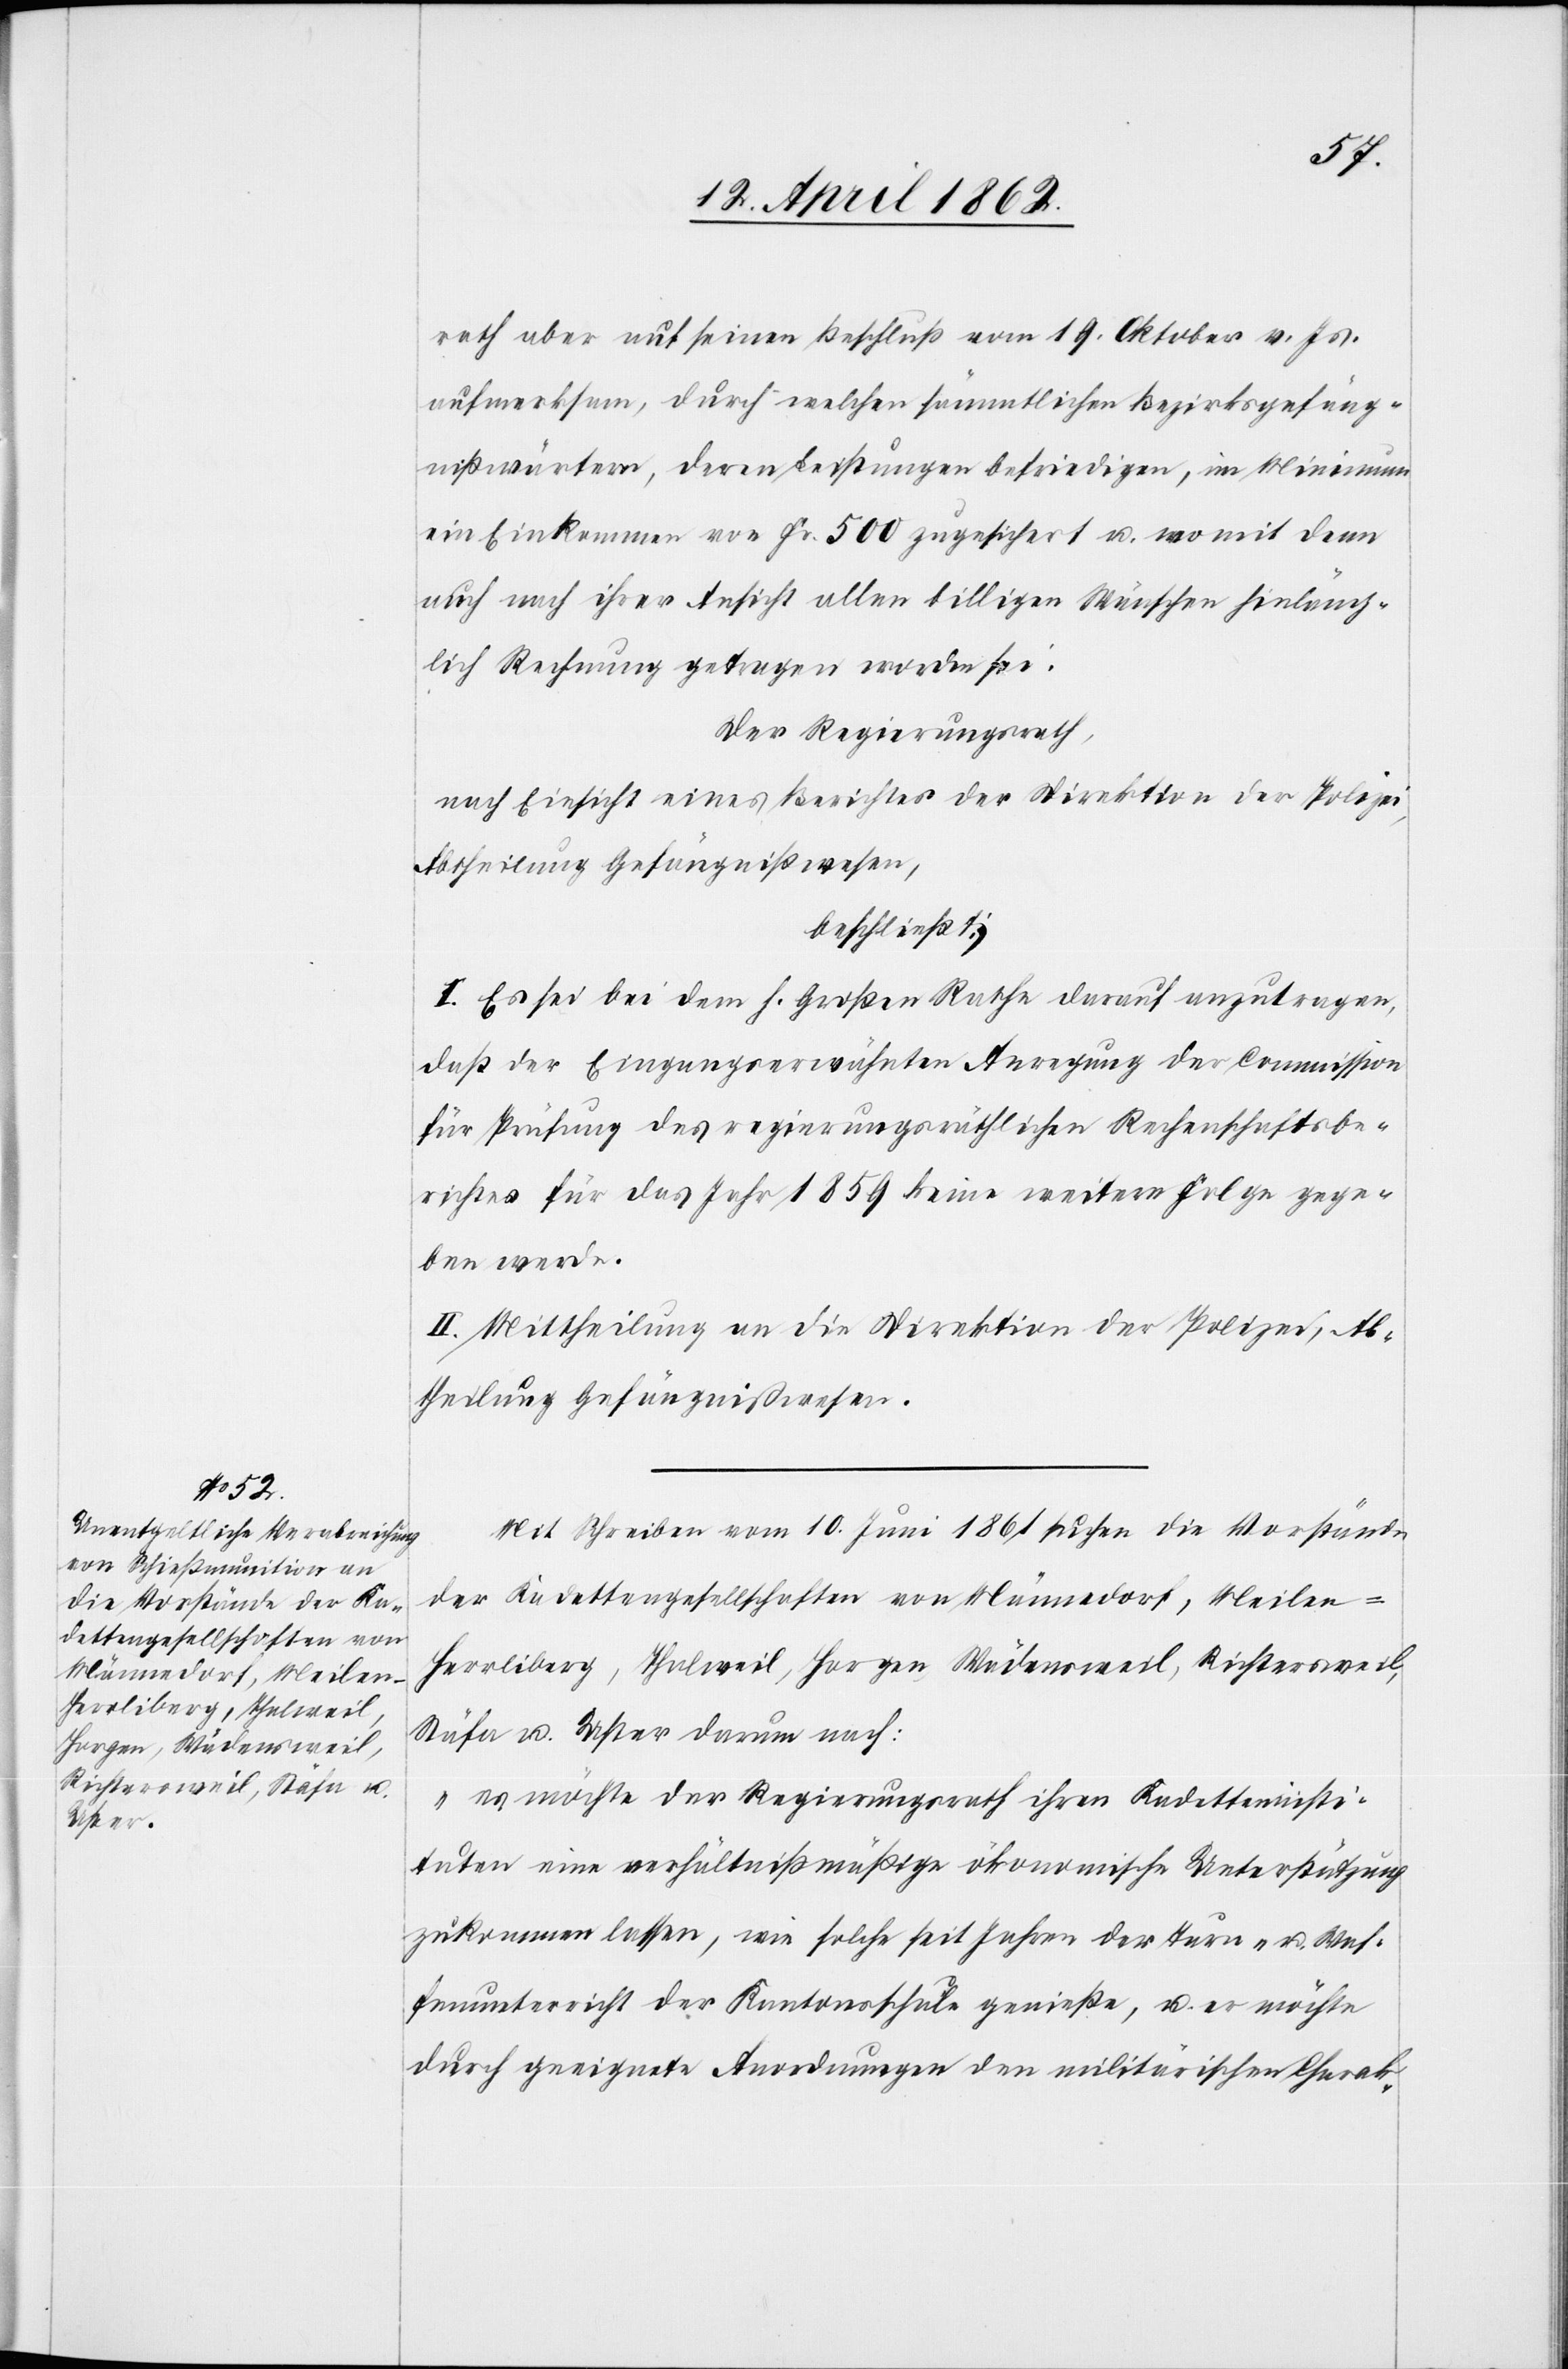
rath aber auf seinen Beschluß vom 19. Oktober v. Js.
aufmerksam, durch welchen sämmtlichen Bezirksgefäng¬
nißwärtern, deren Leistungen befriedigen, im Minimum
ein Einkommen von Fr. 500 zugesichert u. wo mit dem
auch nach ihrer Ansicht allen billigen Wünschen hinläng¬
lich Rechnung getragen worden sei;
Der Regierungsrath,
nach Einsicht eines Berichtes der Direktion der Polizei,
Abtheilung Gefängnißwesen,
beschließt:
I. Es sei bei dem h. Großen Rathe darauf anzutragen,
daß der Eingangserwähnten Anregung der Commission
für Prüfung des regierungsräthlichen Rechenschaftsbe¬
richtes für das Jahr 1859 keine weitere Folge gege¬
ben werde.
II. Mittheilung an die Direktion der Polizei, Ab¬
theilung Gefängnißwesen.
Mit Schreiben vom 10. Juni 1861 suchen die Vorstände
der Kadettengesellschaften von Männedorf, Meilen-H¬
errliberg, Thalweil, Horgen, Wädensweil, Richtersweil,
Stäfa u. Uster darum nach:
„es möchte der Regierungsrath ihren Kadetteninsti¬
tuten eine verhältnißmäßige ökonomische Unterstützung
zukommen lassen, wie solche seit Jahren der Turn- u. Waf¬
fenunterricht der Kantonsschule genieße, u. es möchte
durch geeignete Anordnungen den militärischen Charak-